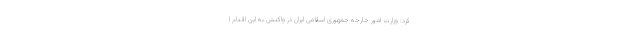
کرد: وزارت امور خارجه جمهوری اسلامی ایران در واکنش به این اقدام ا